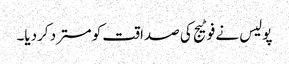
پولیس نے فوٹیج کی صداقت کو مسترد کردیا۔